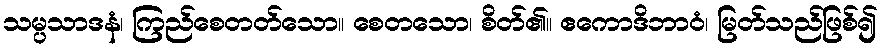
သမ္ပသာဒနံ၊ ကြည်စေတတ်သော။ စေတသော၊ စိတ်၏။ ဧကောဒိဘာဝံ၊ မြတ်သည်ဖြစ်၍